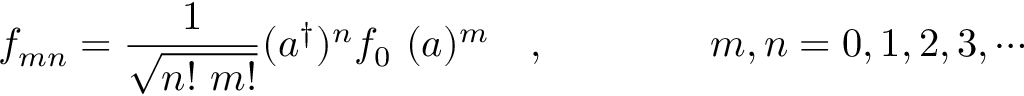
f _ { m n } = \frac { 1 } { \sqrt { n ! ~ m ! } } ( a ^ { \dagger } \* ) ^ { n } f _ { 0 } \ ( \* a ) ^ { m } \quad , \qquad \qquad m , n = 0 , 1 , 2 , 3 , \cdots